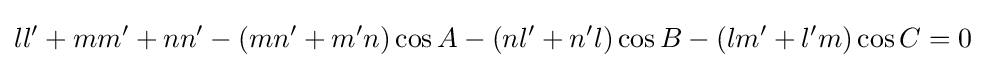
ll'+mm'+nn'-(mn'+m'n)\cos A-(nl'+n'l)\cos B-(lm'+l'm)\cos C=0